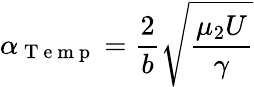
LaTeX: \alpha_{\mathrm{~T~e~m~p~}}=\frac{2}{b}\sqrt{\frac{\mu_{2}U}{\gamma}}